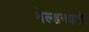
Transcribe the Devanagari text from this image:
वेल्डनवाले